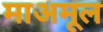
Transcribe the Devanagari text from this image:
माअमूल